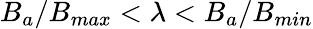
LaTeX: B_{a}/B_{max}<\lambda<B_{a}/B_{min}